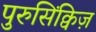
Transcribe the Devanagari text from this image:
पुरुसिंक्विज़